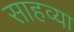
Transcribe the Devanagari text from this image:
साहव्या